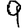
Digit: 9